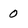
Character: 0